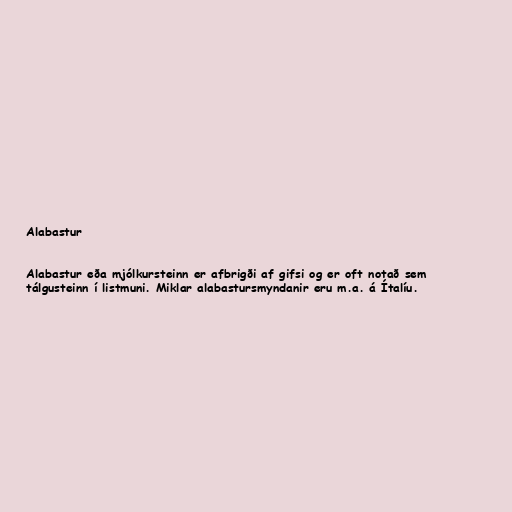
Alabastur

Alabastur eða mjólkursteinn er afbrigði af gifsi og er oft notað sem
tálgusteinn í listmuni. Miklar alabastursmyndanir eru m.a. á Ítalíu.